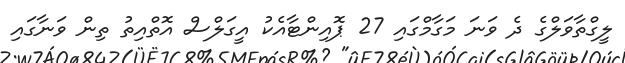
ލީގްތާވަލްގެ ދެ ވަނަ މަގާމްގައި 27 ޕޮއިންޓާއެކު އީގަލްސް އޮތްއިތު ތިން ވަނާގައި